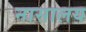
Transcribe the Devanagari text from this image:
नासालय